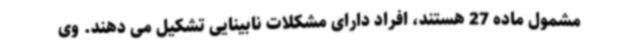
مشمول ماده 27 هستند، افراد دارای مشکلات نابینایی تشکیل می دهند. وی